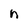
Character: n